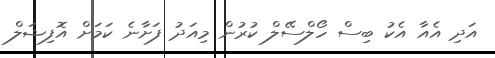
އަދި އެއާ އެކު ބިސް ހޯލްސޭލް ކުރުން މިއަދު ފަށާނެ ކަމަށް އޮފިޝަލް